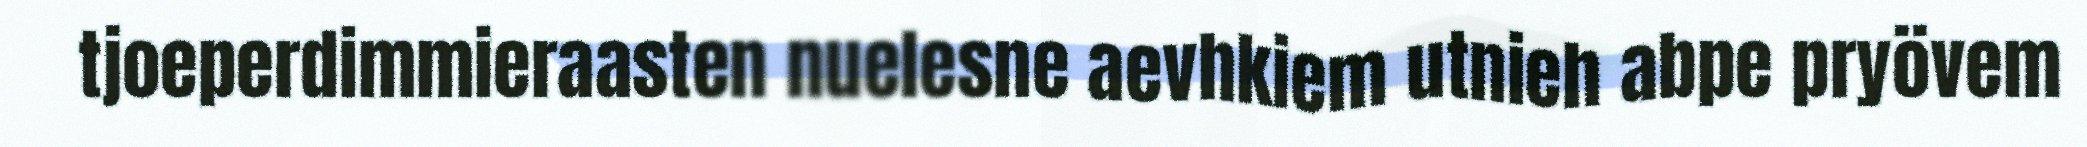
tjoeperdimmieraasten nuelesne aevhkiem utnieh abpe pryövem